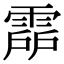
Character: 𩃞